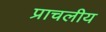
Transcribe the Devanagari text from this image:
प्राचलीय